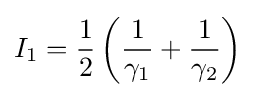
I_{1}={\frac {1}{2}}\,{\bigg (}{\frac {1}{\gamma _{1}}}+{\frac {1}{\gamma _{2}}}{\bigg )}